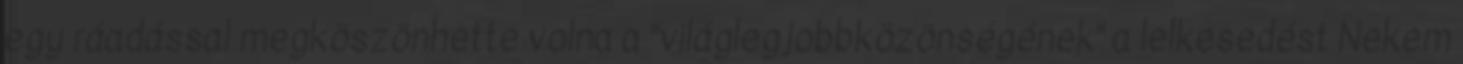
egy ráadással megköszönhette volna a "világlegjobbközönségének" a lelkesedést Nekem